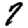
Digit: 7